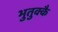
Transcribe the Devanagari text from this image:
भुतुक्कै